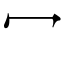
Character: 冖